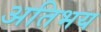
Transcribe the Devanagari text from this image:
अतिभय